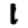
Digit: 1